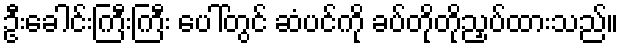
ဦးခေါင်းကြီးကြီး ပေါ်တွင် ဆံပင်ကို ခပ်တိုတိုညှပ်ထားသည်။